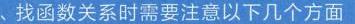
\(\text{第一节}\)
\(\text{动点产生的等腰三角形问题}\)